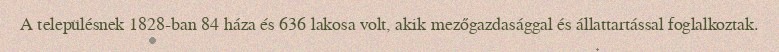
A településnek 1828-ban 84 háza és 636 lakosa volt, akik mezőgazdasággal és állattartással foglalkoztak.